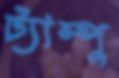
ট্যাম্পু